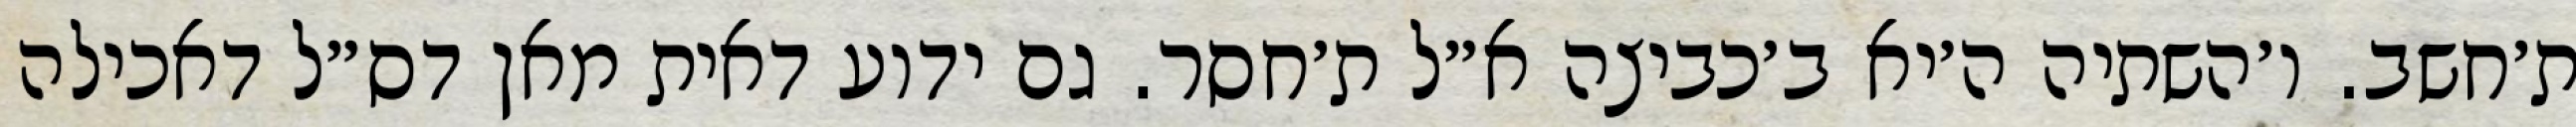
ת׳חשב. ו׳השתיה ה׳יא ב׳כביצה א״ל ת׳חסר. גם ידוע דאית מאן דס״ל דאכילה